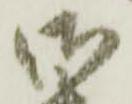
御